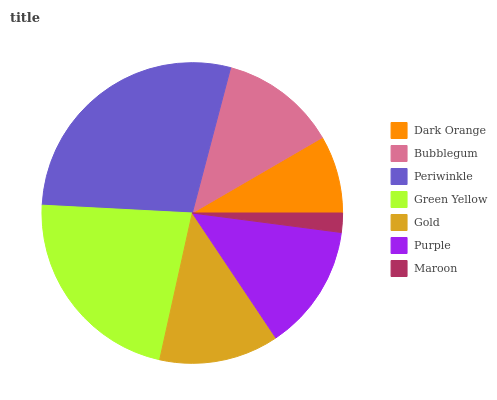
| Dark Orange | Bubblegum | Periwinkle | Green Yellow | Gold | Purple | Maroon |
 | --- | --- | --- | --- | --- | --- | --- |
 | 8.37% | 12.5% | 28.3% | 22.3% | 12.9% | 13.5% | 2.07% |